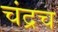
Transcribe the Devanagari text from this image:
चंद्रच